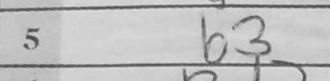
Transcription: b3